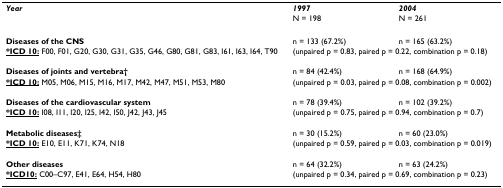
| Year | 1997 | 2004 |
 |  | N = 198 | N = 261 |
 | --- | --- | --- |
 | Diseases of the CNS | n = 133 (67.2%) | n = 165 (63.2%) |
 | <underline>*ICD 10:</underline> F00, F01, G20, G30, G31, G35, G46, G80, G81, G83, I61, I63, I64, T90 | <COLSPAN=2> (unpaired p = 0.83, paired p = 0.22, combination p = 0.18) |
 | Diseases of joints and vertebra† | n = 84 (42.4%) | n = 168 (64.9%) |
 | <underline>*ICD 10:</underline> M05, M06, M15, M16, M17, M42, M47, M51, M53, M80 | <COLSPAN=2> (unpaired p = 0.03, paired p = 0.08, combination p = 0.002) |
 | Diseases of the cardiovascular system | n = 78 (39.4%) | n = 102 (39.2%) |
 | <underline>*ICD 10:</underline> I08, I11, I20, I25, I42, I50, J42, J43, J45 | <COLSPAN=2> (unpaired p = 0.75, paired p = 0.94, combination p = 0.7) |
 | Metabolic diseases‡ | n = 30 (15.2%) | n = 60 (23.0%) |
 | <underline>*ICD 10:</underline> E10, E11, K71, K74, N18 | <COLSPAN=2> (unpaired p = 0.59, paired p = 0.03, combination p = 0.019) |
 | Other diseases | n = 64 (32.2%) | n = 63 (24.2%) |
 | <underline>*ICD10:</underline> C00–C97, E41, E64, H54, H80 | <COLSPAN=2> (unpaired p = 0.34, paired p = 0.69, combination p = 0.23) |